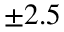
\pm 2 . 5